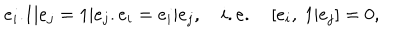
e _ { i } . 1 | e _ { j } = 1 | e _ { j } . e _ { i } = e _ { i } | e _ { j } , \quad i . e . \quad [ e _ { i } , ~ 1 | e _ { j } ] = 0 ,